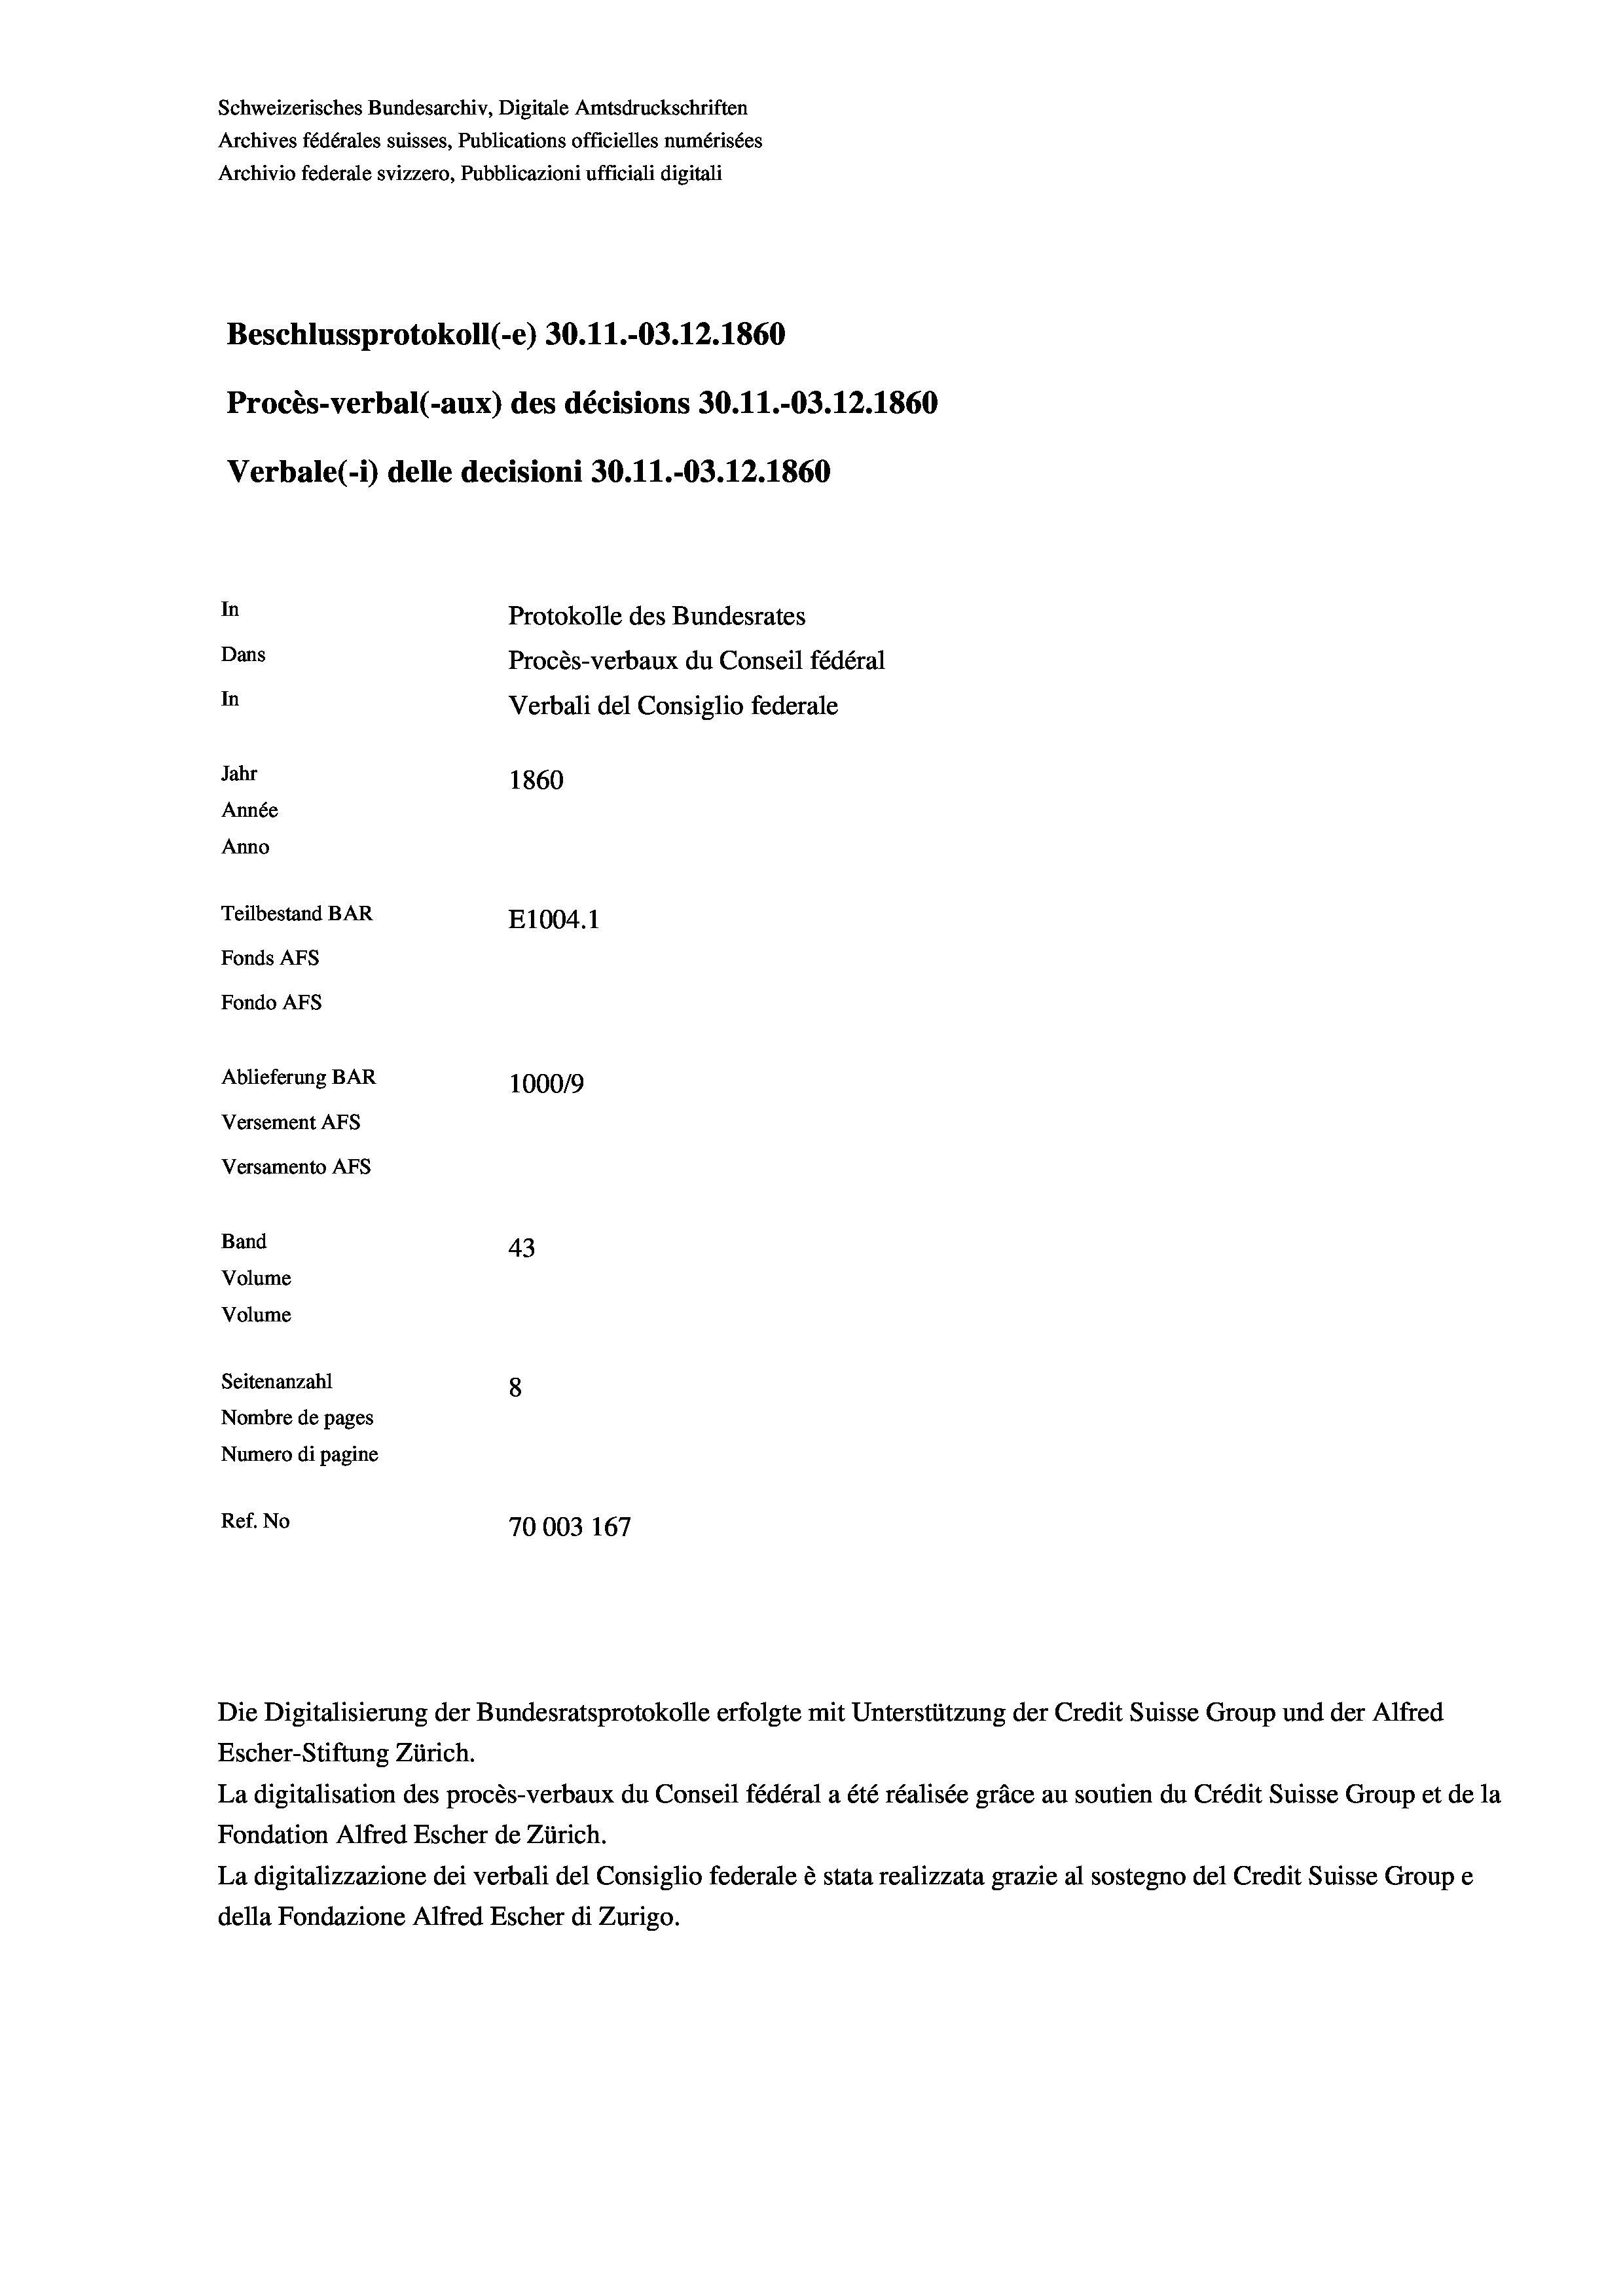
Schweizerisches Bundesarchiv, Digitale Amtsdruckschriften
Archives fédérales suisses, Publications officielles numérisées
Archivio federale svizzero, Pubblicazioni ufficiali digitali
Beschlussprotokoll (-e) 30.11.-03.12.1860
Procès-verbal (-aux) des décisions 30.11.-03.12.1860
Verbale (- 1) delle decisioni 30.11.-03.12.1860
In
Protokolle des Bundesrates
Dans
Procès-verbaux du Conseil fédéral
In
Verbali del Consiglio federale
Jahr
1860
Année
Anno
Teilbestand BAR
E1004.1
Fonds AFs
Fondo Afs
Ablieferung BAR
100019
Versement Ans
Versamento Afs

43
Seitenanzahl
8
Nombre de pages
Numero di pagine
Ref. No
70003 167

Band
Volume

Volume

Escher-Stiftung Zürich.
La digitalisation des procès-verbaux du Conseil fédéral a été réalisée gräce au soutien du Crédit Suisse Group et de la
Fondation Alfred Escher de Zürich.
La digitalizzazione dei verbali del Consiglio federale è stata realizzata grazie al sostegno del Credit Suisse Groupe
della Fondazione Alfred Escher di Zurigo.

Die Digitalisierung der Bundesratsprotokolle erfolgte mit Unterstützung der Credit Suisse Group und der Alfred